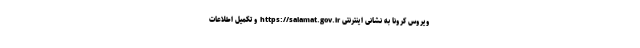
ویروس کرونا به نشانی اینترنتی https://salamat.gov.ir و تکمیل اطلاعات